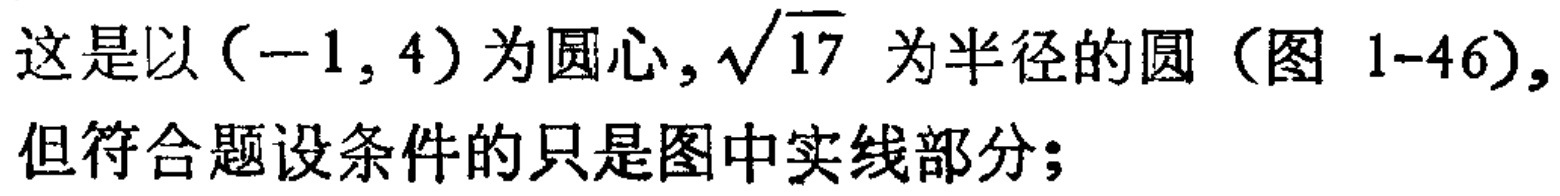
这是以\((-1,4)\)为圆心,\(\sqrt{17}\)为半径的圆（图 1-46）,但符合题设条件的只是图中实线部分;